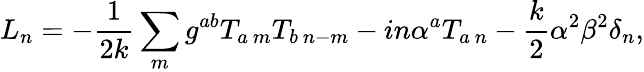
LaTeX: L_{n}=-{\frac{1}{2k}}\sum_{m}g^{ab}T_{a\ m}T_{b\ n-m}-in\alpha^{a}T_{a\ n}-{\frac{k}{2}}\alpha^{2}\beta^{2}\delta_{n},